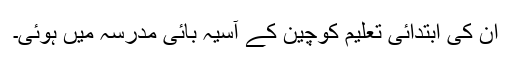
ان کی ابتدائی تعلیم کوچین کے آسیہ بائی مدرسہ میں ہوئی۔